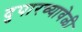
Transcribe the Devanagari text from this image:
दुपारच्यावेळी